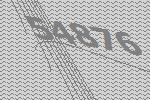
54876